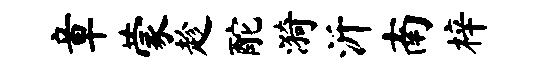
章蒙趁酡漪沂南梓